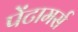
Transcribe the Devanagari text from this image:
पेंटामर्स